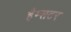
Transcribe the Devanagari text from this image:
हैम्सटर